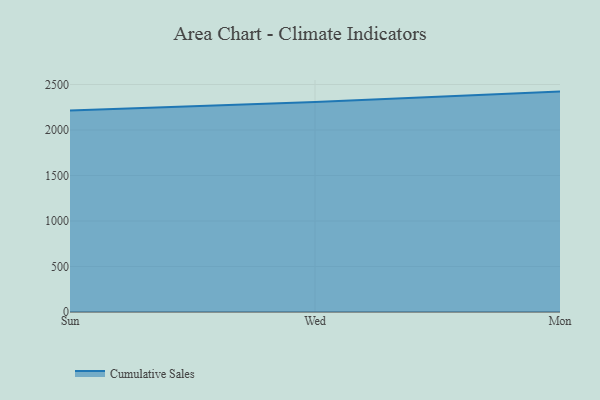
{"axis": {"x": "Day", "y": "Inventory Turnover"}, "legend": ["Cumulative Sales"], "data": [{"x": "Sun", "y": 2214.5, "type": "Cumulative Sales"}, {"x": "Wed", "y": 2308.3, "type": "Cumulative Sales"}, {"x": "Mon", "y": 2422.0, "type": "Cumulative Sales"}]}